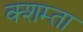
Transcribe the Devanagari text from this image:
क्शम्ता